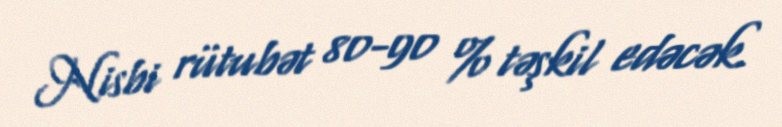
Nisbi rütubət 80-90 % təşkil edəcək.